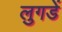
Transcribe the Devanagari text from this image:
लुगडें